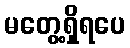
မတွေ့ရှိရပေ